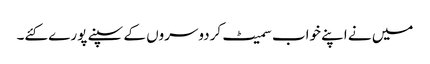
میں نے اپنے خواب سمیٹ کردوسروں کے سپنے پورے کئے۔